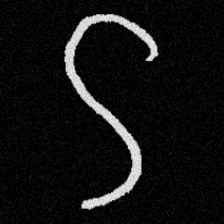
Pyu character \u2014 Myanmar letter: ဌ (romanized: ttha)